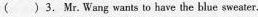
()3.Mr. Wang wants to have the blue sweater.